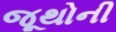
જૂથોની